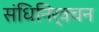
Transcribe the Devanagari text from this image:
संधिनिर्वचन